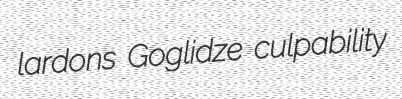
lardons Goglidze culpability